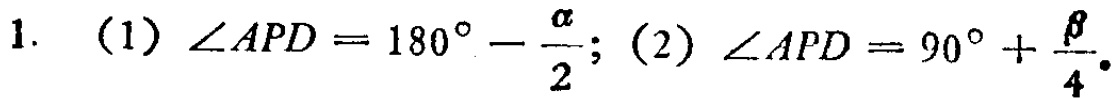
1. （1）\(\angle APD = 180^{\circ}-\frac{\alpha}{2}\);（2）\(\angle APD = 90^{\circ}+\frac{\beta}{4}\).